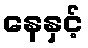
နေနှင့်